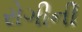
રોગીની